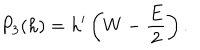
LaTeX: P _ { 3 } ( h ) = h ^ { \prime } \left( W - \frac { E } { 2 } \right) .